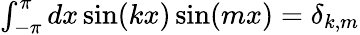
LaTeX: \begin{array}{r}{\int_{-\pi}^{\pi}dx\sin(kx)\sin(mx)=\delta_{k,m}}\end{array}